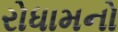
રોધામનો